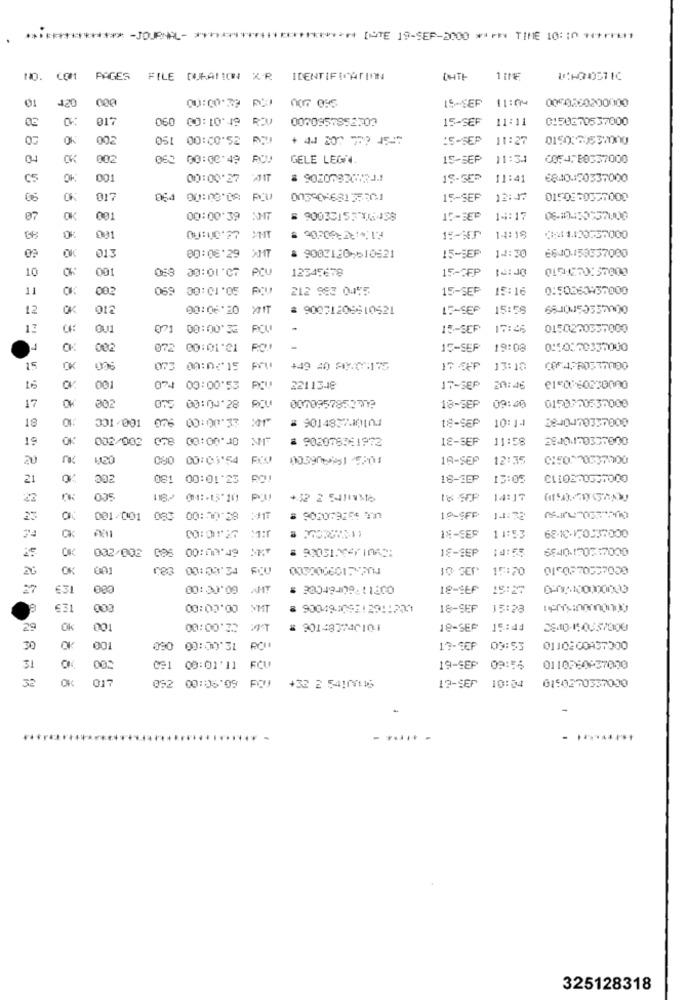
********* - JOURNAL- ************************ ISTE 19-SEP-2000 ***** TIME 10:10 ********
PAGES
FILE DURATION XR IDENTIFICATION
CHTE
420
11:04
00502002000100
Ø1
00:00.33 RW 007 055
15-SEP
060 00:10'49 R20
0070957858309
15-SEF
11:11
0150871537000
OK
002
05: 00:00:52
+ 44 207 777 45-5
:S-SEP
11:27
04
CK
002
00:00:49
GELE LEGN.
15-SEP
11:31
COF4FB0337000
C5
OK
001
00:00:27
11:41
6840190337000
05
017
064 00:00'08
15-SEF
12:37
07
OK
001
00:00:39 NAT
14:17
0%
001
15-27
14:18
013
15-SEP
14:30
OK
00:06'29
= 9002120-610521
6640-159637000
10
OK
001
058 30:01'07
PCU
12345678
15-3FP
017H271157000
11
002
069 30:01'05
212 983 0445
15-SEP
15:16
0:50853957000
12
OK
012
00:06*20
MIT
# 90071206810521
15-SEP
15:58
6810455337000
OU1
071 00:00:36
POU
15-SEP
0150200337000
4
002
072 00:01'21
ROU
15-SEP
19:08
0:50570337000
15
OK
073 00:0:15
pru
+49 40 MICH17
17 -SEP
13:18
COF APR0577000
15
CV
001
074 00:00:53
2211348
17-SEP
20:46
09:40
0150770537000
17
OK
302
007085785279
18-SEP
18
876 00:00:33 2017
# 901483200104
10:14
2840470357000
001/001
18-SEP
18
OK
002/003
= 902076361972
18-SEF
11:58
28410.170337000
20
420
080 00:01'54
003906151 5201
18-SEP
12:35
CI50270837700
21
0
302
081 00:01'23
16-SEP
15:05
22
035
+32 2 5411316
18 5P
14:17
23
001/001 083
00:00:28
10-SFF
Ck
IN-SEP
11:53
68/10-170037000
OK
00:00:49 XX7
18-SEP
14:55
6540-150517000
002/008 086
26
OK
001
00:00:34 FCU
10 SEP 15:20
0150270537039
€3
080
AH!
# 30049409:11600
18-SEF
15:20
0-05-100000003
00.00:00
00
631
00
18-SEF
15:28
29
OK
001
00:00:32
# 901437740101
18-SEP
15:44
25410-150357000
30
OK
001
090 00:00:31
17-CEF
03:53
0110200A37000
31
0=1 08:01'11 FCU
19-SEP
09:56
0110760-57000
32
OK
052 00:05'09
POJ +33 2 5410/116
19-SEP 10:04
0150270337030
*****
. ..... -
325128318